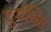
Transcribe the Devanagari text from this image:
दुर्गधित